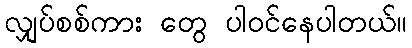
လျှပ်စစ်ကား တွေ ပါဝင်နေပါတယ်။